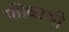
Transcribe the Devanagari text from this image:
फीवरभी